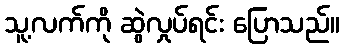
သူ့လက်ကို ဆွဲလှုပ်ရင်း ပြောသည်။